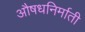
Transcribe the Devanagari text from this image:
औषधनिर्माती